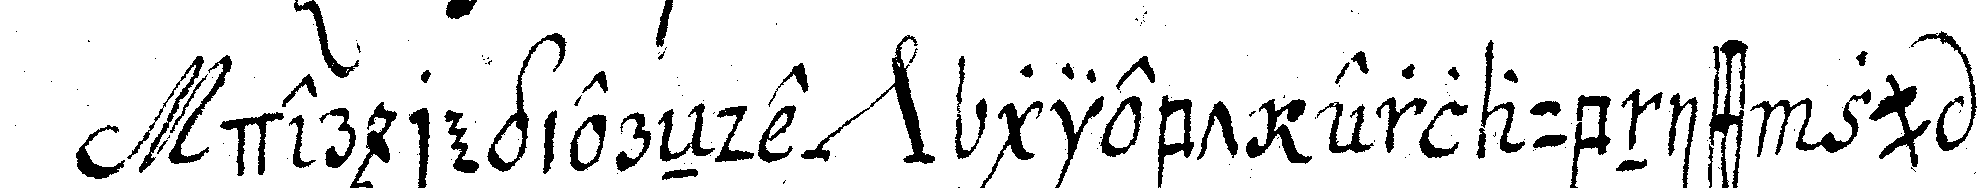
der regiereNde *nee* giebt erlaubniss zu